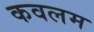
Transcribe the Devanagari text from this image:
कवलम